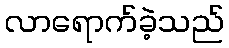
လာရောက်ခဲ့သည်